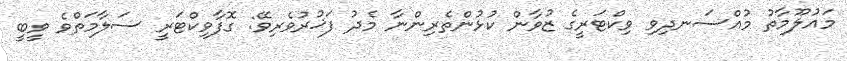
މައުލޫމާތު މުއްސަނދިވި ވިކްޓަރީގެ ޒުވާން ކުޅުންތެރިންނާ މެދު ފަޚުރުވެރިވޭ: ގޮފާވިކްޓަރީ ސަލާމަތްވެ ވީބީ